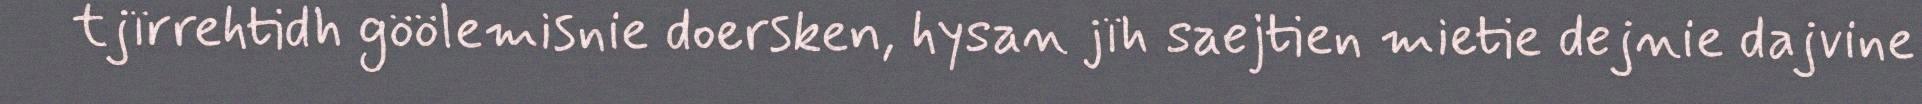
tjïrrehtidh göölemisnie doersken, hysan jïh saejtien mietie dejnie dajvine